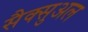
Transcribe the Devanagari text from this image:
सैक्सुअल